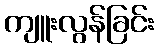
ကျူးလွန်ခြင်း